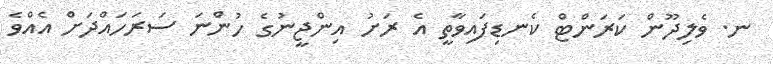
ނ. ވެލިދޫން ކަރަންޓް ކެނޑިފައިވާތީ އެ ރަށު އިންޖީނުގެ ހުންނަ ސަރަހައްދަށް އެއްވެ